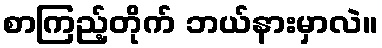
စာကြည့်တိုက် ဘယ်နားမှာလဲ။